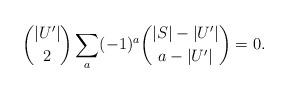
LaTeX: \begin{align*} \binom{|U'|}{2} \sum_a (-1)^{a}\binom{|S|-|U'|}{a-|U'|}=0. \end{align*}